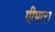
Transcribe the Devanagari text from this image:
पीपारा